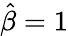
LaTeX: {\hat{\beta}}=1